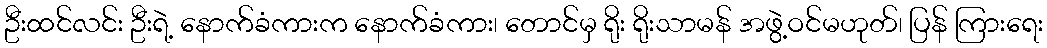
ဦးထင်လင်း ဦးရဲ့ နောက်ခံကားက နောက်ခံကား၊ တောင်မှ ရိုး ရိုးသာမန် အဖွဲ့ဝင်မဟုတ်၊ ပြန် ကြားရေး